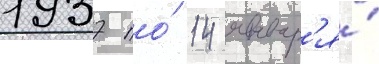
1937 по́ 14 январ'я́